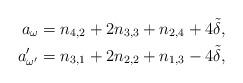
LaTeX: \begin{align*}\begin{aligned} a_{\omega}&=n_{4,2}+2n_{3,3}+n_{2,4}+4\tilde{\delta},\\ a'_{\omega'}&=n_{3,1}+2n_{2,2}+n_{1,3}-4\tilde{\delta},\end{aligned}\end{align*}